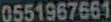
0551967661